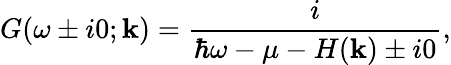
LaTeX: G(\omega\pm i0;\mathbf{k})=\frac{i}{\hbar\omega-\mu-H(\mathbf{k})\pm i0},